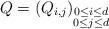
LaTeX: \begin{align*}Q=(Q_{i,j})_{\substack{0\leq i\leq d\\ 0\leq j\leq d}}\end{align*}